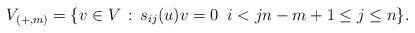
LaTeX: \begin{align*} V_{(+,m)}=\{v\in V\,:\, s_{ij}(u)v=0\; \; i<j n-m+1\leq j\leq n\}. \end{align*}